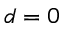
d = 0